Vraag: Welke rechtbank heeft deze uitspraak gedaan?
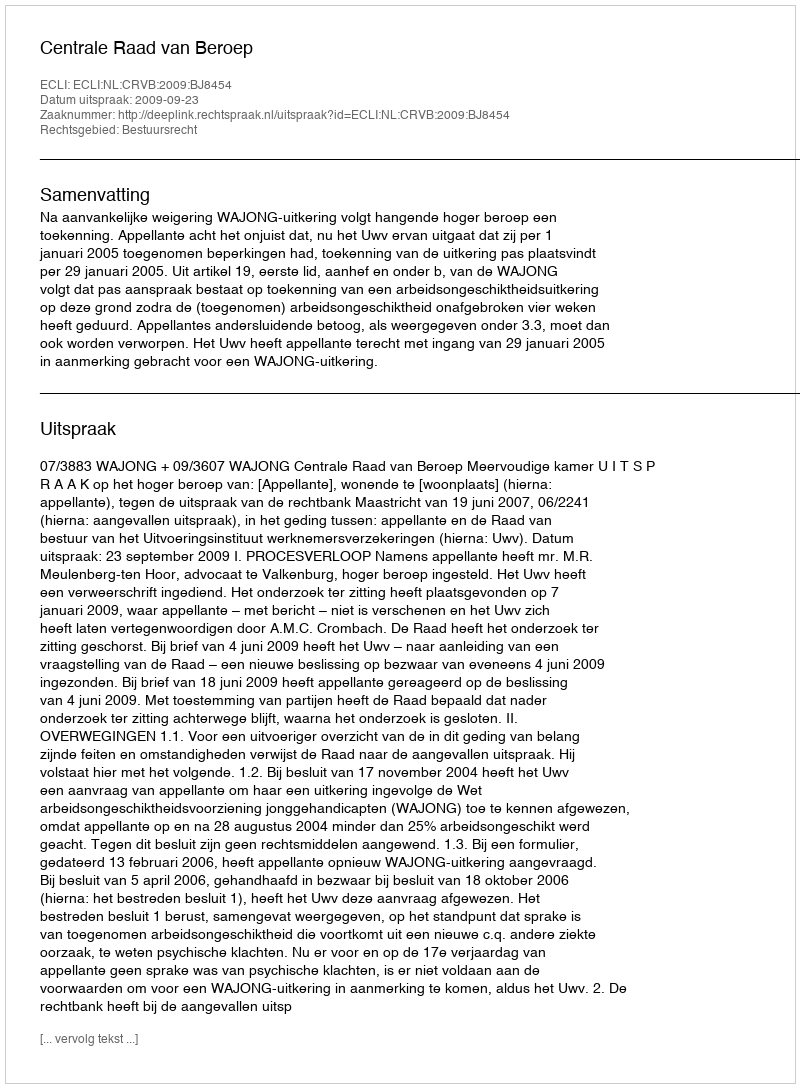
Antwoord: Centrale Raad van Beroep